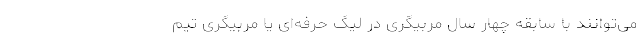
می‌توانند با سابقه چهار سال مربیگری در لیگ حرفه‌ای یا مربیگری تیم